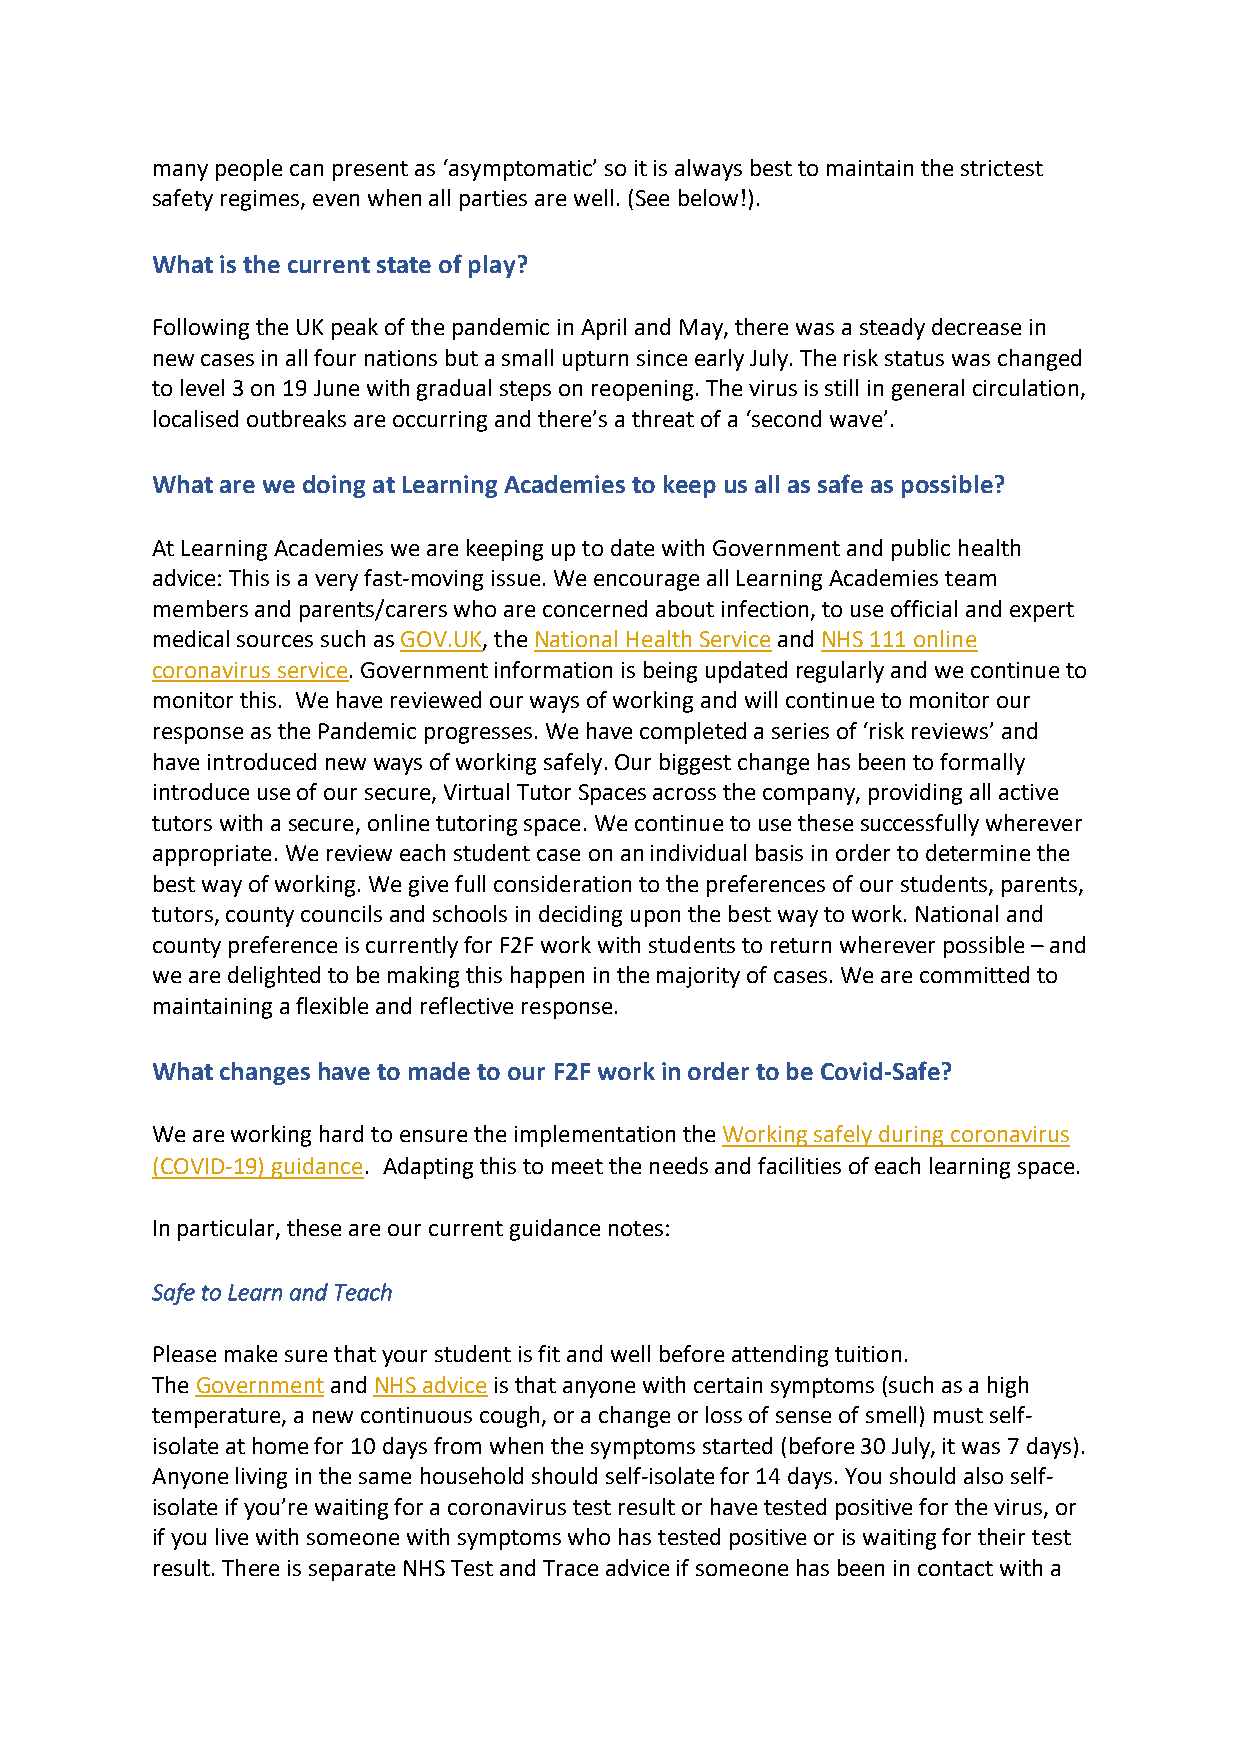
many people can present as ‘asymptomatic’ so it is always best to maintain the strictest
 safety regimes, even when all parties are well. (See below!).
 What is the current state of play?
 Following the UK peak of the pandemic in April and May, there was a steady decrease in
 new cases in all four nations but a small upturn since early July. The risk status was changed
 to level 3 on 19 June with gradual steps on reopening. The virus is still in general circulation,
 localised outbreaks are occurring and there’s a threat of a ‘second wave’.
 What are we doing at Learning Academies to keep us all as safe as possible?
 At Learning Academies we are keeping up to date with Government and public health
 advice: This is a very fast-moving issue. We encourage all Learning Academies team
 members and parents/carers who are concerned about infection, to use official and expert
 medical sources such as GOV.UK, the National Health Service and NHS 111 online
 coronavirus service. Government information is being updated regularly and we continue to
 monitor this. We have reviewed our ways of working and will continue to monitor our
 response as the Pandemic progresses. We have completed a series of ‘risk reviews’ and
 have introduced new ways of working safely. Our biggest change has been to formally
 introduce use of our secure, Virtual Tutor Spaces across the company, providing all active
 tutors with a secure, online tutoring space. We continue to use these successfully wherever
 appropriate. We review each student case on an individual basis in order to determine the
 best way of working. We give full consideration to the preferences of our students, parents,
 tutors, county councils and schools in deciding upon the best way to work. National and
 county preference is currently for F2F work with students to return wherever possible – and
 we are delighted to be making this happen in the majority of cases. We are committed to
 maintaining a flexible and reflective response.
 What changes have to made to our F2F work in order to be Covid-Safe?
 We are working hard to ensure the implementation the Working safely during coronavirus
 (COVID-19) guidance. Adapting this to meet the needs and facilities of each learning space.
 In particular, these are our current guidance notes:
 Safe to Learn and Teach
 Please make sure that your student is fit and well before attending tuition.
 The Government and NHS advice is that anyone with certain symptoms (such as a high
 temperature, a new continuous cough, or a change or loss of sense of smell) must self-
 isolate at home for 10 days from when the symptoms started (before 30 July, it was 7 days).
 Anyone living in the same household should self-isolate for 14 days. You should also self-
 isolate if you’re waiting for a coronavirus test result or have tested positive for the virus, or
 if you live with someone with symptoms who has tested positive or is waiting for their test
 result. There is separate NHS Test and Trace advice if someone has been in contact with a